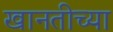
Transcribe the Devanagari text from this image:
खानतीच्या